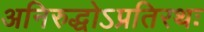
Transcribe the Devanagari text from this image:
अनिरुद्धोऽप्रतिरथः